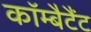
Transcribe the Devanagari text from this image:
कॉम्बैटैंट